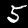
Digit: 5